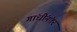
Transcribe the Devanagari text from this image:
गांधींनंतर